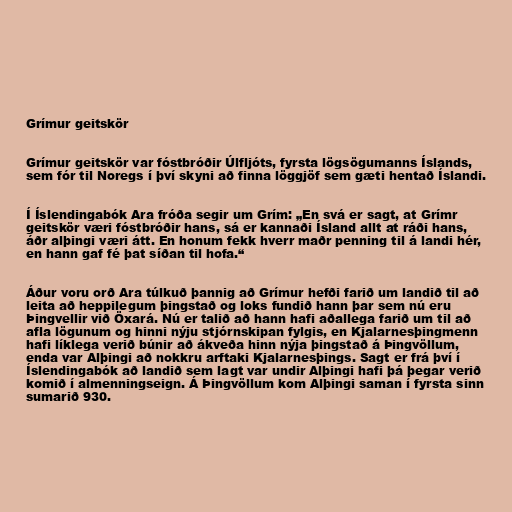
Grímur geitskör

Grímur geitskör var fóstbróðir Úlfljóts, fyrsta lögsögumanns Íslands,
sem fór til Noregs í því skyni að finna löggjöf sem gæti hentað Íslandi.

Í Íslendingabók Ara fróða segir um Grím: „En svá er sagt, at Grímr
geitskör væri fóstbróðir hans, sá er kannaði Ísland allt at ráði hans,
áðr alþingi væri átt. En honum fekk hverr maðr penning til á landi hér,
en hann gaf fé þat síðan til hofa.“

Áður voru orð Ara túlkuð þannig að Grímur hefði farið um landið til að
leita að heppilegum þingstað og loks fundið hann þar sem nú eru
Þingvellir við Öxará. Nú er talið að hann hafi aðallega farið um til að
afla lögunum og hinni nýju stjórnskipan fylgis, en Kjalarnesþingmenn
hafi líklega verið búnir að ákveða hinn nýja þingstað á Þingvöllum,
enda var Alþingi að nokkru arftaki Kjalarnesþings. Sagt er frá því í
Íslendingabók að landið sem lagt var undir Alþingi hafi þá þegar verið
komið í almenningseign. Á Þingvöllum kom Alþingi saman í fyrsta sinn
sumarið 930.